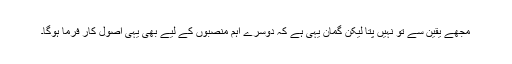
مجھے یقین سے تو نہیں پتا لیکن گمان یہی ہے کہ دوسرے اہم منصبوں کے لیے بھی یہی اصول کار فرما ہوگا۔